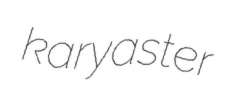
karyaster